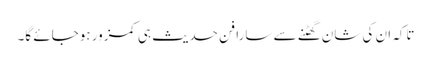
تاکہ ان کی شان گھٹنے سے سارا فنِ حدیث ہی کمزور ہوجائے گا۔